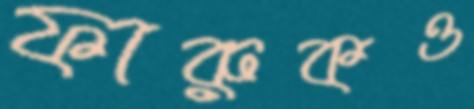
ফারুকও